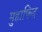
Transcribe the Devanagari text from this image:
मुहाफिद